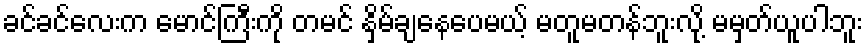
ခင်ခင်လေးက မောင်ကြီးကို တမင် နှိမ်ချနေပေမယ့် မတူမတန်ဘူးလို့ မမှတ်ယူပါဘူး